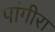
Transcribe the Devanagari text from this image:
पांगीरा